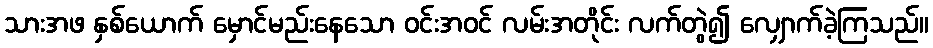
သားအဖ နှစ်ယောက် မှောင်မည်းနေသော ဝင်းအဝင် လမ်းအတိုင်း လက်တွဲ၍ လျှောက်ခဲ့ကြသည်။